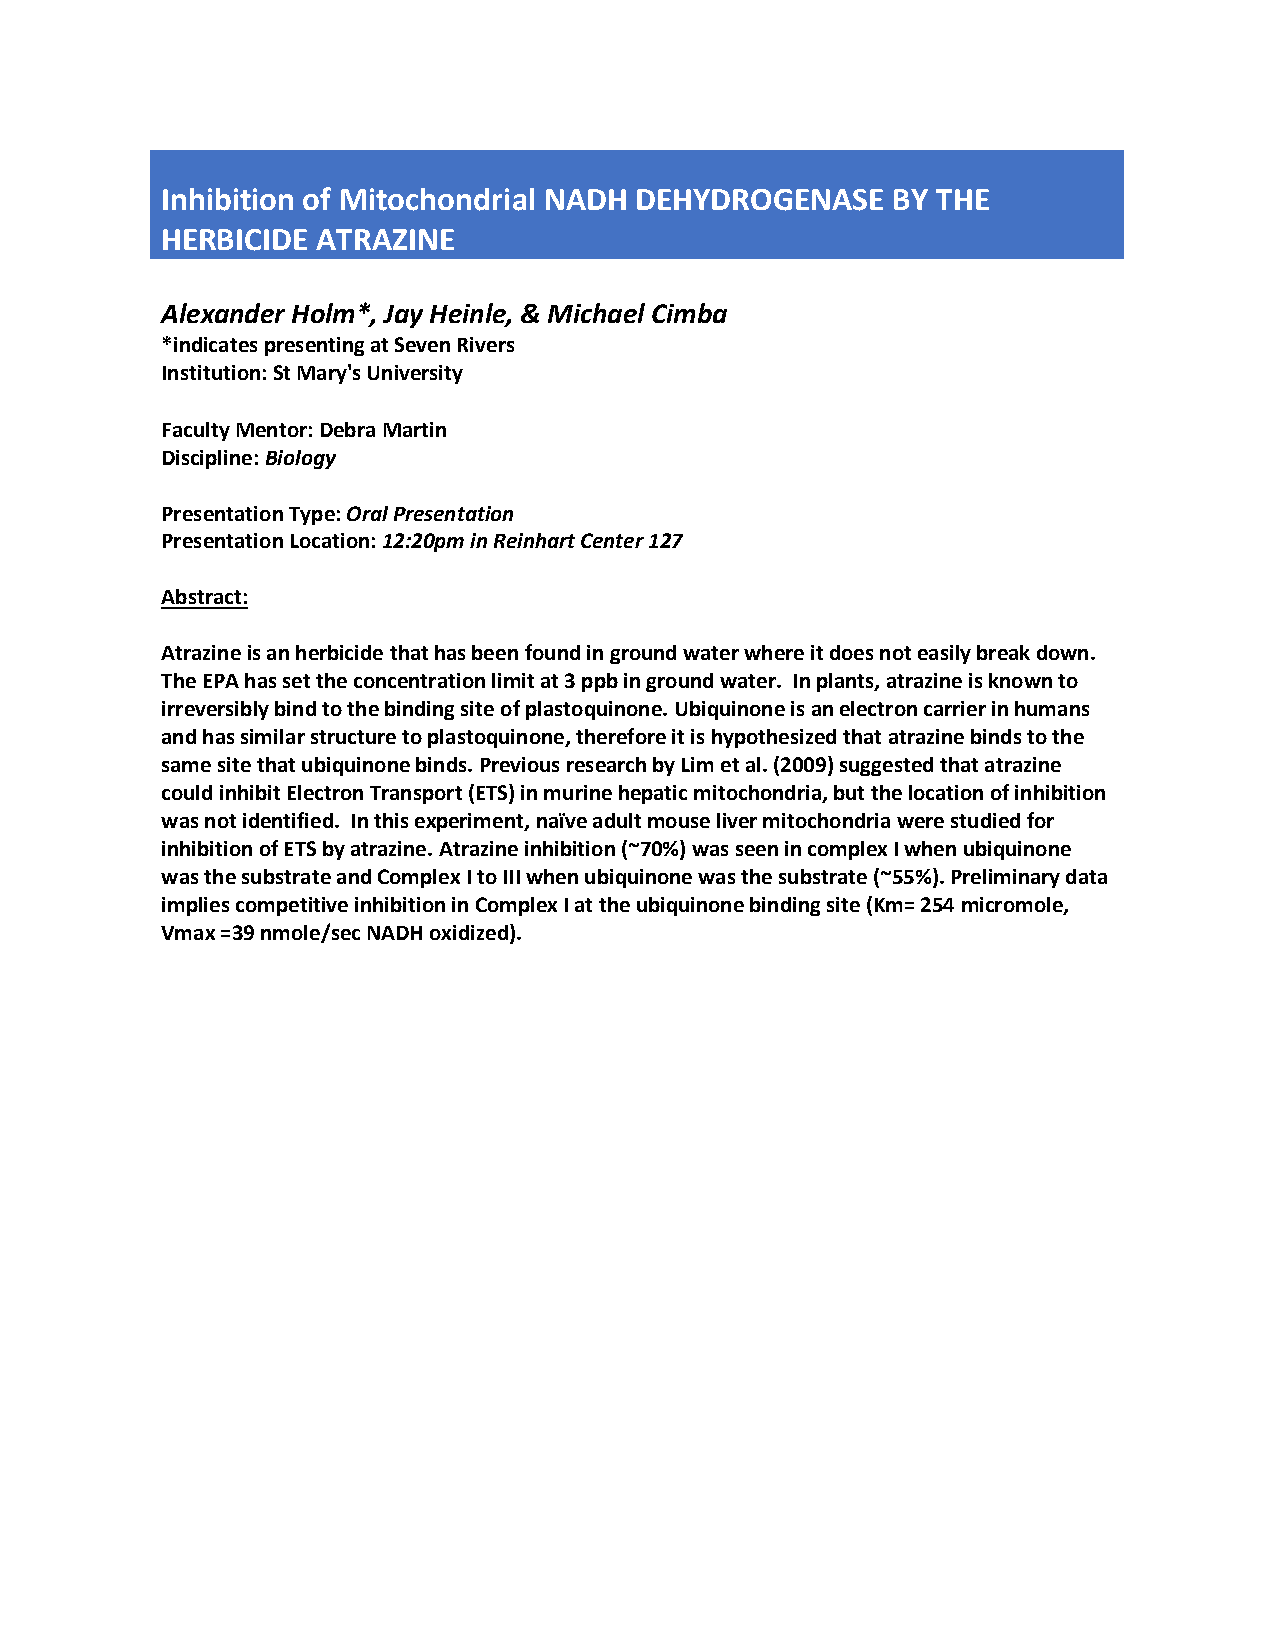
Inhibition of Mitochondrial NADH DEHYDROGENASE  BY THE
 HERBICIDE ATRAZINE
 Alexander Holm*, Jay Heinle, & Michael Cimba
 *indicates presenting at Seven Rivers
 Institution: St Mary's University
 Faculty Mentor: Debra Martin
 Discipline: Biology
 Presentation Type: Oral Presentation
 Presentation Location: 12:20pm in Reinhart Center 127
 Abstract:
 Atrazine is an herbicide that has been found in ground water where it does not easily break down.
 The EPA has set the concentration limit at 3 ppb in ground water. In plants, atrazine is known to
 irreversibly bind to the binding site of plastoquinone. Ubiquinone is an electron carrier in humans
 and has similar structure to plastoquinone, therefore it is hypothesized that atrazine binds to the
 same site that ubiquinone binds. Previous research by Lim et al. (2009) suggested that atrazine
 could inhibit Electron Transport (ETS) in murine hepatic mitochondria, but the location of inhibition
 was not identified. In this experiment, naïve adult mouse liver mitochondria were studied for
 inhibition of ETS by atrazine. Atrazine inhibition (~70%) was seen in complex I when ubiquinone
 was the substrate and Complex I to III when ubiquinone was the substrate (~55%). Preliminary data
 implies competitive inhibition in Complex I at the ubiquinone binding site (Km= 254 micromole,
 Vmax =39 nmole/sec NADH oxidized).